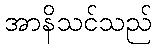
အာနိသင်သည်